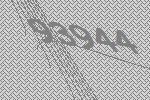
93944